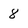
Character: 8